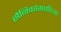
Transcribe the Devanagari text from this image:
सैनिकांसाठीच्या